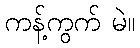
ကန့်ကွက် မဲ။